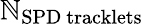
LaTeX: \mathbb{N}_{\mathrm{{SPD~tracklets}}}